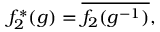
f _ { 2 } ^ { * } ( g ) = { \overline { { f _ { 2 } ( g ^ { - 1 } ) } } } ,